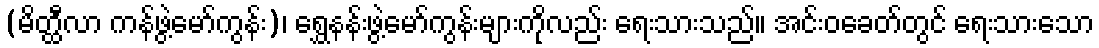
(မိတ္ထီလာ ကန်ဖွဲ့မော်ကွန်း)၊ ရွှေနန်းဖွဲ့မော်ကွန်းများကိုလည်း ရေးသားသည်။ အင်းဝခေတ်တွင် ရေးသားသော